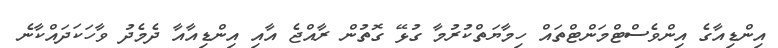
އިންޑިއާގެ އިންވެސްޓްމަންޓްތައް ހިމާޔަތްކުރުމާ ގުޅޭ ގޮތުން ރާއްޖެ އާއި އިންޑިއާއާ ދެމެދު ވާހަކަދައްކާނެ